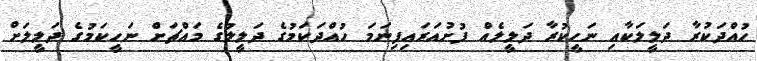
ހުއްދަކުރާ ދަލީލަކާއި ނަހީކުރާ ދަލީލެއް ފުށުއަރައިފިނަމަ ހުއްދަކަމުގެ ދަލީލުގެ މައްޗަށް ނަހީކަމުގެ ދަލީލަށް